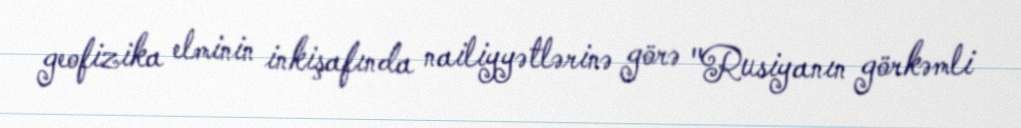
geofizika elminin inkişafında nailiyyətlərinə görə "Rusiyanın görkəmli